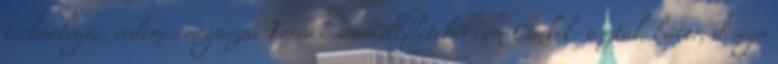
technológia, érdemes megnézni Forrás: www.dbfletcher.com Címkék: asztal, bútor, design